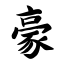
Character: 豪